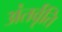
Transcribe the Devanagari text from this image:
अंतर्वृति